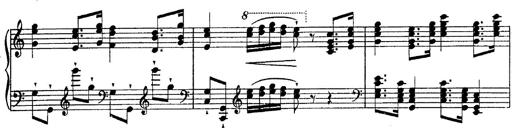
Title: Fantasie Ã¼ber Themen aus Mozarts Figaro und Don Giovanni
Composer: Franz Liszt